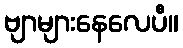
ဗျာများနေလေပီ။